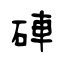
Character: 硨